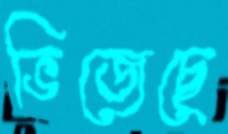
ভিজেছে